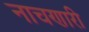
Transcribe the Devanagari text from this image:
नाचणारी